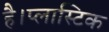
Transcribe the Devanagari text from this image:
है।प्लास्टिक